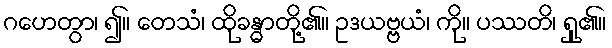
ဂဟေတွာ၊ ၍။ တေသံ၊ ထိုခန္ဓာတို့၏။ ဥဒယဗ္ဗယံ၊ ကို။ ပဿတိ၊ ရှု၏။